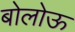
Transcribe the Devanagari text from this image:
बोलोऊ